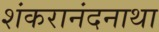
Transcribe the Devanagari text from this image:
शंकरानंदनाथा